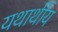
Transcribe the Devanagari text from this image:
यथार्थीय